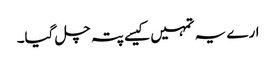
ارے یہ تمہیں کیسے پتہ چل گیا۔